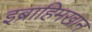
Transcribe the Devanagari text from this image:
इब्राहिमखान